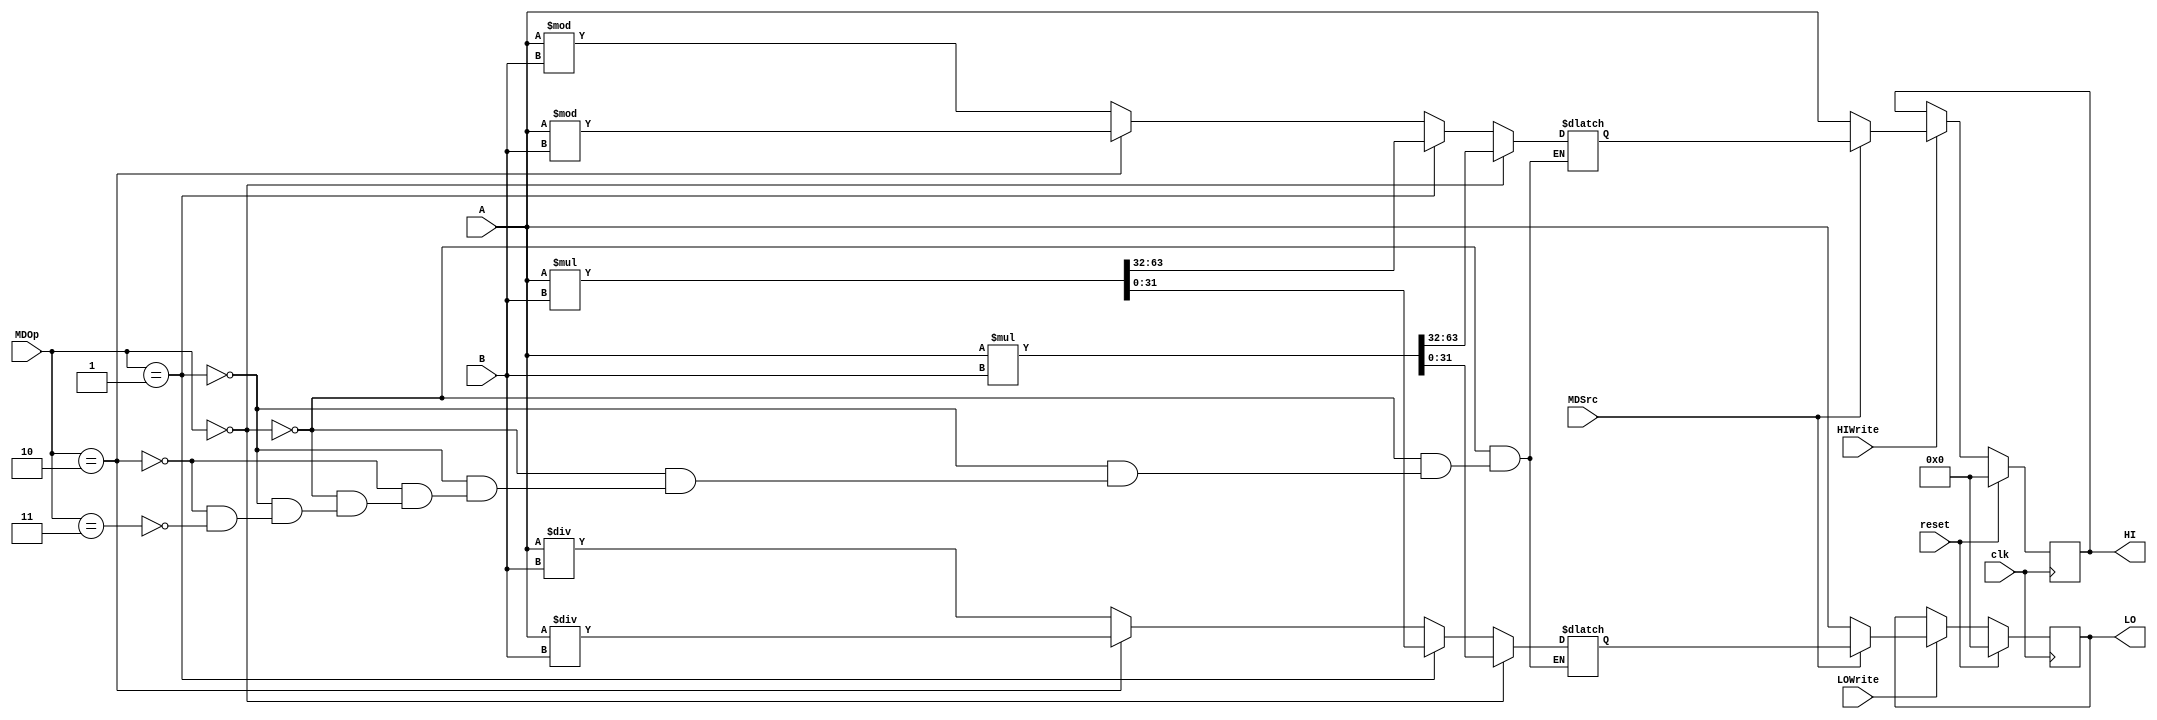
`timescale 1ns / 1ps
//////////////////////////////////////////////////////////////////////////////////
// Company: 
// Engineer: 
// 
// Design Name: 
// Module Name:    MD 
// Project Name: 
// Target Devices: 
// Tool versions: 
// Description: 
//
// Dependencies: 
//
// Revision: 
// Revision 0.01 - File Created
// Additional Comments: 
//
//////////////////////////////////////////////////////////////////////////////////
module MD(
	 input clk,
	 input reset,
	 input [31:0] A,
	 input [31:0] B,
	 input [1:0] MDOp,
	 input HIWrite,
	 input LOWrite,
	 input MDSrc,
	 output reg [31:0] HI,
	 output reg [31:0] LO
    );
/////////////////////////////////////////////
	 reg [31:0] hi;
	 reg [31:0] low;
	 always @* begin
		if(MDOp==2'b00)begin
			{hi,low}=$signed(A)*$signed(B);
		end
		else if(MDOp==2'b01)begin
			{hi,low}=A*B;
		end
		else if(MDOp==2'b10)begin
			low=$signed(A)/$signed(B);
			hi=$signed(A)%$signed(B);
		end
		else if(MDOp==2'b11)begin
			low=A/B;
			hi=A%B;
		end
	 end
/////////////////////////////////////////////
	 initial begin
		HI=0;
		LO=0;
	 end
	 
	 always @(posedge clk)begin
		if(reset)begin
			HI<=0;
		   LO<=0;
		end
		else begin
			if(HIWrite)begin
				if(MDSrc)begin
					HI<=hi;
				end
				else begin
					HI<=A;
				end
			end
			if(LOWrite)begin
				if(MDSrc)begin
					LO<=low;
				end
				else begin
					LO<=A;
				end
			end
		end
	 end
	 

endmodule